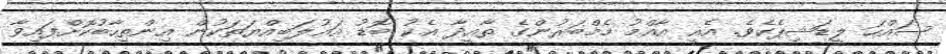
ސައްހަ ލީޑަޝިޕެކެވެ. އެއީ އާއްމު މެމްބަރުންގެ ތާއީދާ އެކު ބޮޑު އަޣުލަބިއްޔަތަކުން އިންތިހާބުކޮށްފައިވާ